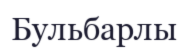
Бульбарлы